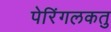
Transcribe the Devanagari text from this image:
पेरिंगलकतु